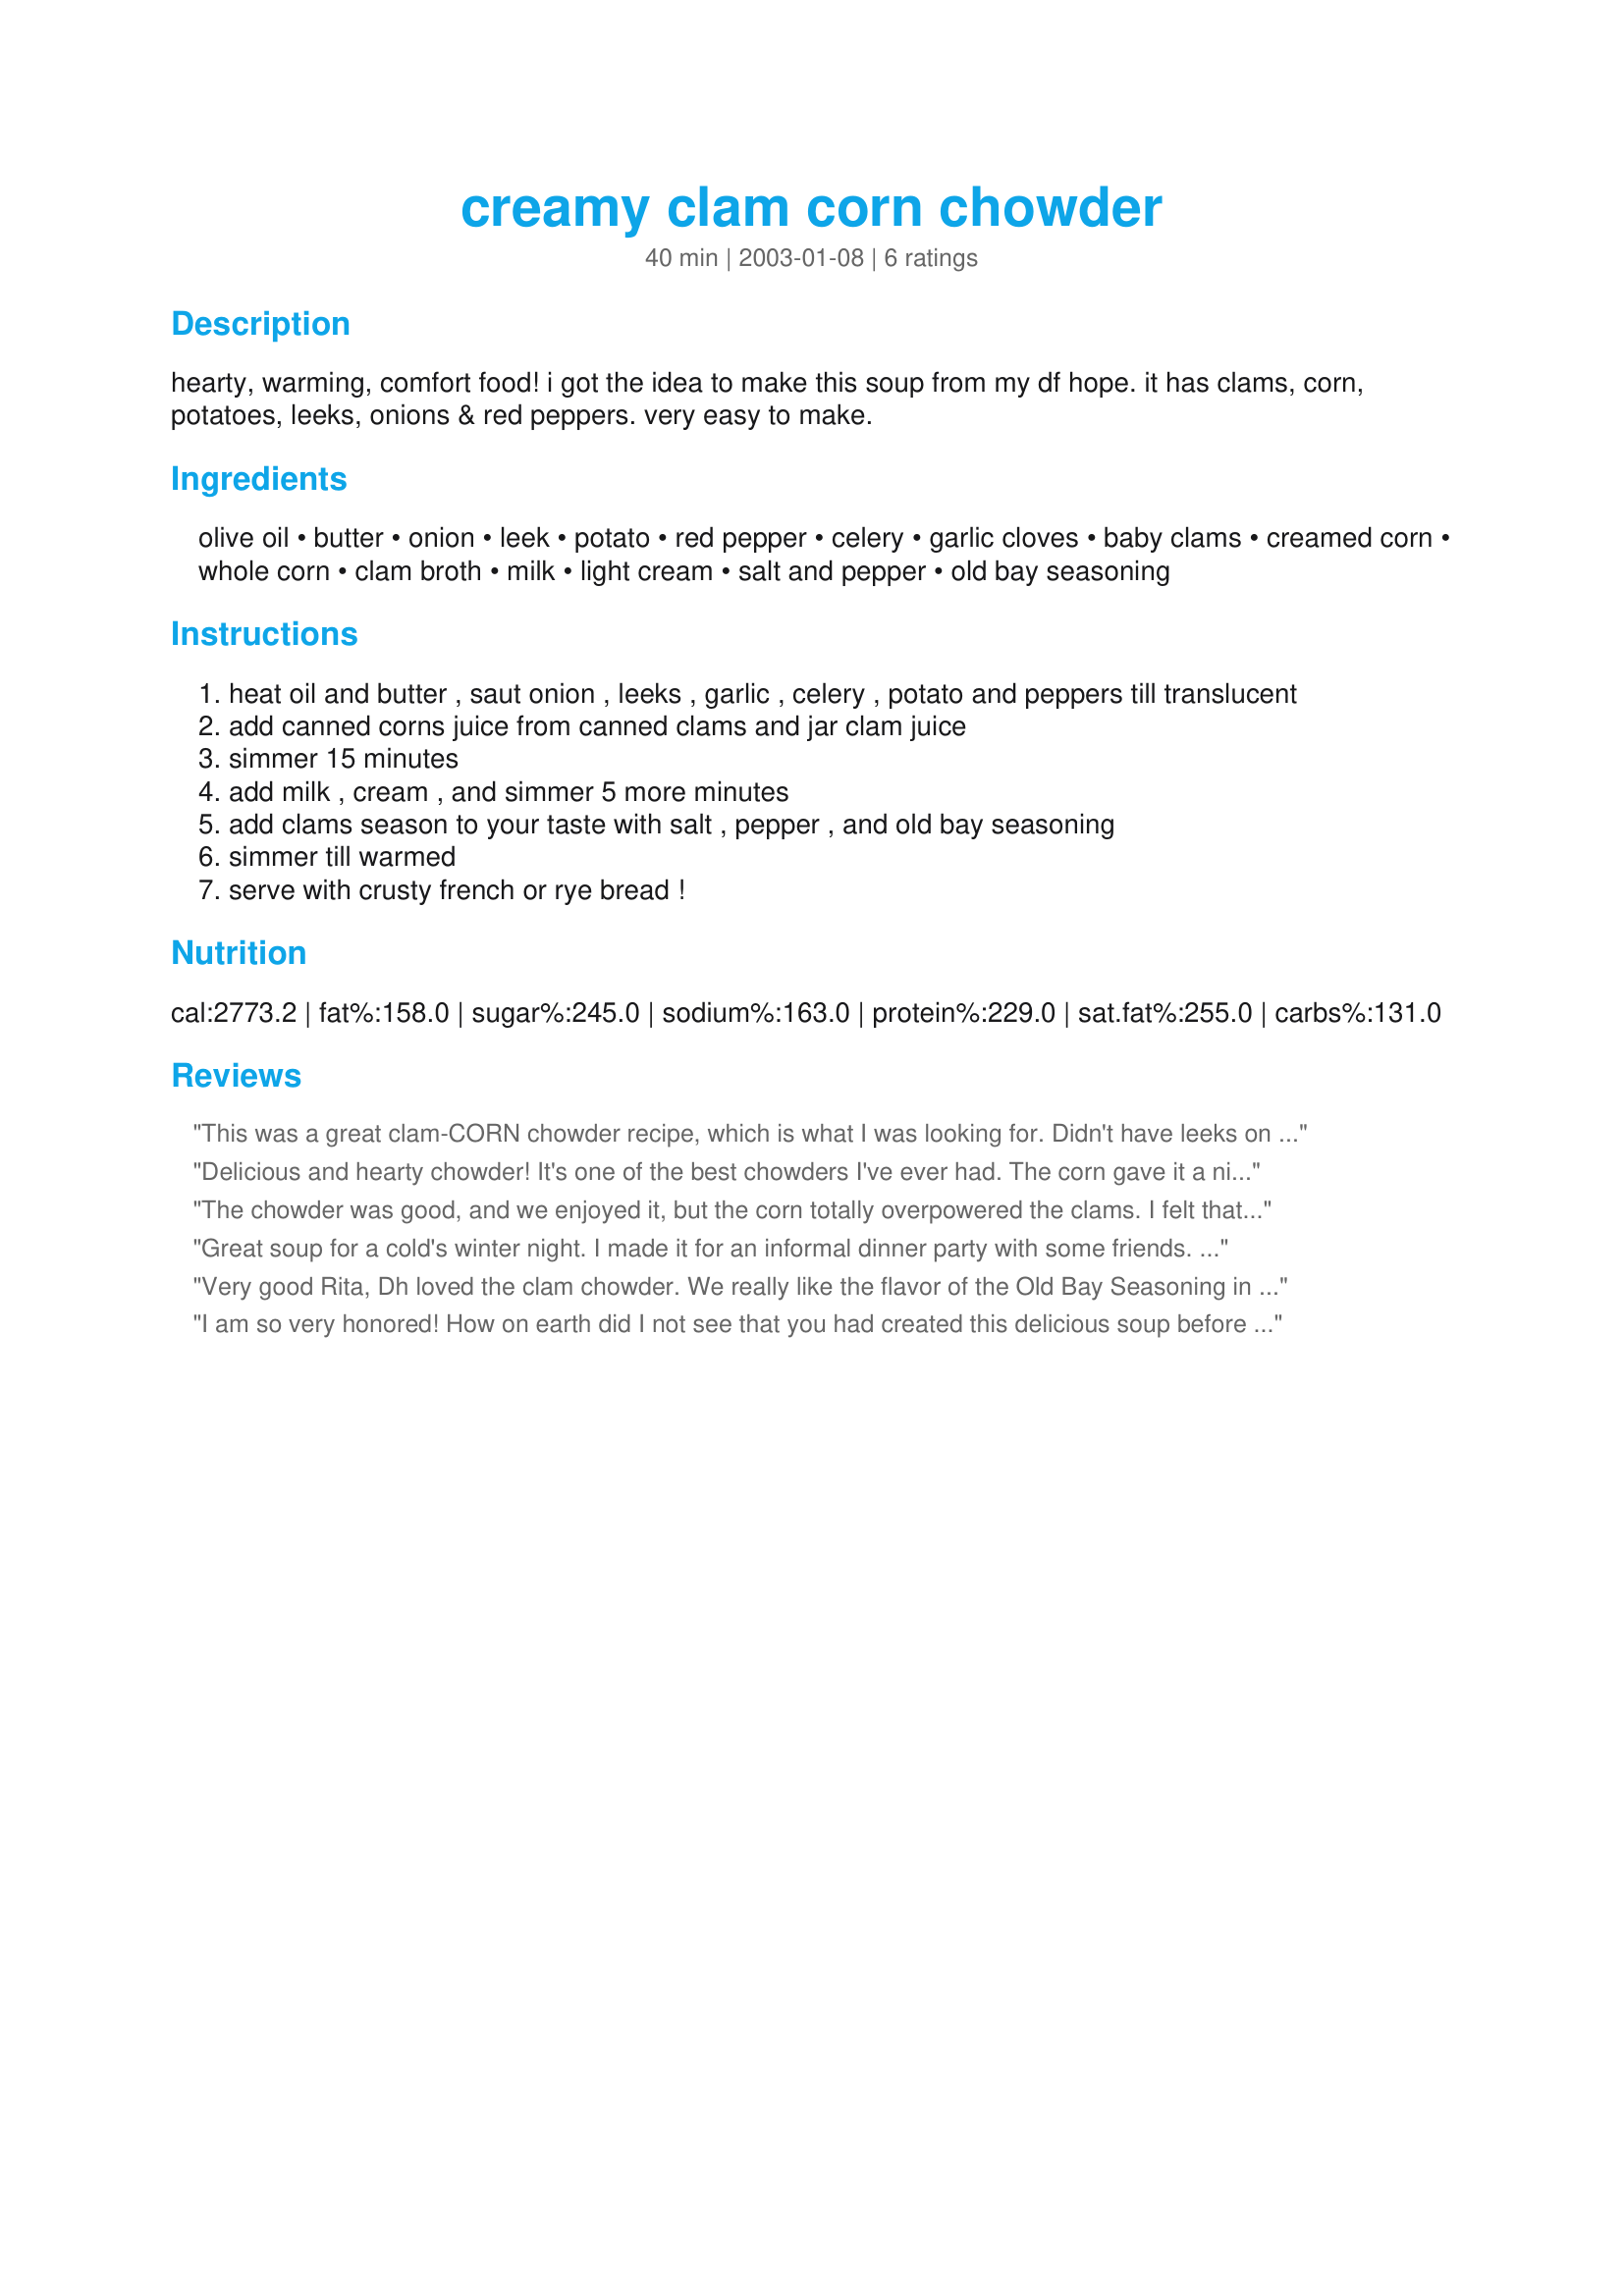
creamy clam corn chowder
Preparation time: 40 minutes

hearty, warming, comfort food! i got the idea to make this soup from my df hope. it has clams, corn, potatoes, leeks, onions & red peppers. very easy to make.

Ingredients:
olive oil, butter, onion, leek, potato, red pepper, celery, garlic cloves, baby clams, creamed corn, whole corn, clam broth, milk, light cream, salt and pepper, old bay seasoning

Steps:
heat oil and butter , saut onion , leeks , garlic , celery , potato and peppers till translucent
add canned corns juice from canned clams and jar clam juice
simmer 15 minutes
add milk , cream , and simmer 5 more minutes
add clams season to your taste with salt , pepper , and old bay seasoning
simmer till warmed
serve with crusty french or rye bread !

Reviews:
This was a great clam-CORN chowder recipe, which is what I was looking for. Didn't have leeks on hand. Used 1can evap. milk and 2 cups skim milk. Thickened with corn starch Also loved the fact that there is no bacon, my husband doesn't eat pork. My whole family loved it and I will make it again. If you aren't looking to taste the corn, choose another recipe without it in the recipe title.
Delicious and hearty chowder! It's one of the best chowders I've ever had. The corn gave it a nice sort of sweetness. I used green bell pepper in place of red and frozen corn for the 1 can of whole corn. I'll definitely make this again. Thanx for sharing it!
The chowder was good, and we enjoyed it, but the corn totally overpowered the clams. I felt that I could have done without them and no one would have noticed. I would rather have used them in a real clam chowder recipe. But again, I must say that the corn chowder aspect was delicious.
Great soup for a cold's winter night. I made it for an informal dinner party with some friends. 
I served it with a bread platter and a big Mango salad. I didn't have any Old Bay Seasoning, but it was still wonderful. I used more vegtables than in called for to make it go further. Even the kids loved it, now that says something. This chowder doesn't call for bacon. Yahoo, we don't need the fat! Thanks so much for the great recipe! It was great!!
Very good Rita, Dh loved the clam chowder. We really like the flavor of the Old Bay Seasoning in it.The recipe is a real keeper.
I am so very honored! How on earth did I not see that you had created this delicious soup before now? Once I saw it I had to make it! I am so glad that I did! This was a really easy and yummy creation! Thank you my dear friend! Many many hugs!
